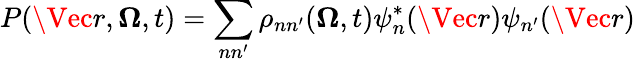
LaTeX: P(\Vec{r},\boldsymbol{\Omega},t)=\sum_{nn^{\prime}}\rho_{nn^{\prime}}(\boldsymbol{\Omega},t)\psi_{n}^{*}(\Vec{r})\psi_{n^{\prime}}(\Vec{r})